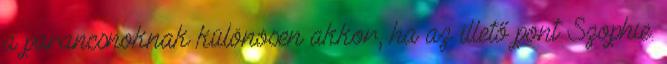
a parancsnoknak különösen akkor, ha az illető pont Szophie.